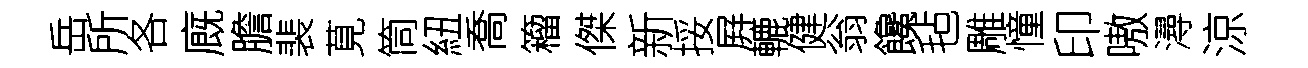
岳所各廐膽裴莧筒紐喬籕傑新挼屛轆健翁饞毡雕憧印嗷潯涼